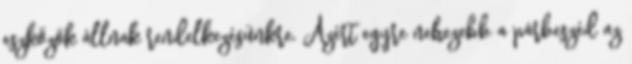
eszközök állnak rendelkezésünkre. Azért egyre nehezebb a párbeszéd az